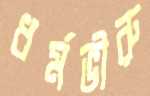
ধর্মভীরু